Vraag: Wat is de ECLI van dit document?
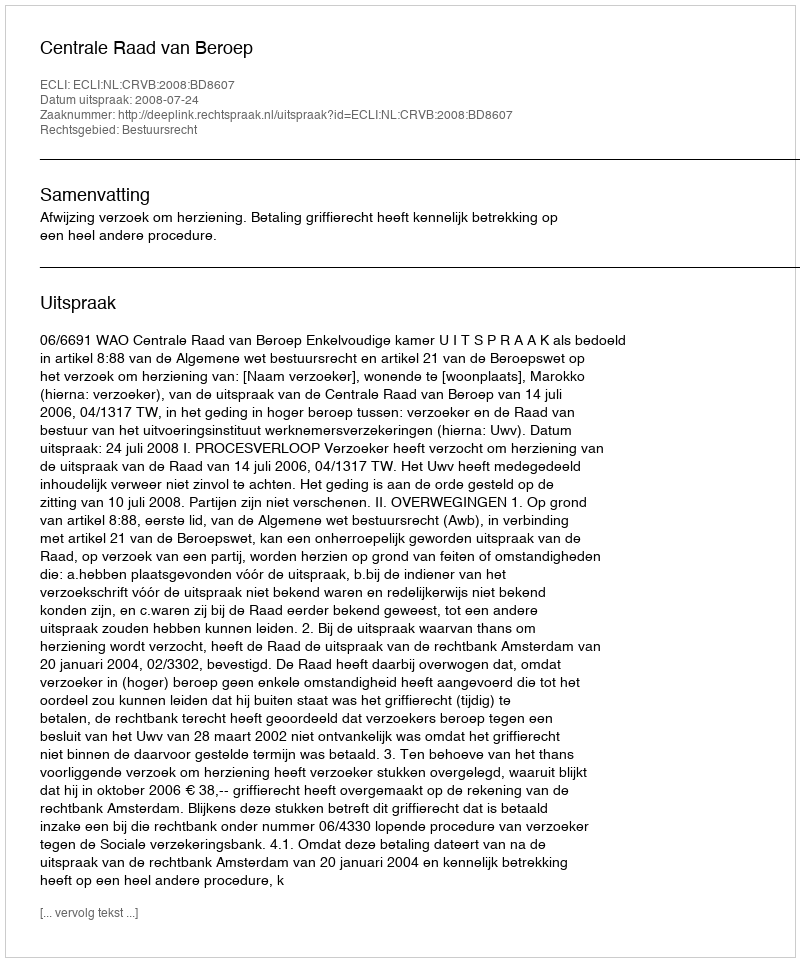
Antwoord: ECLI:NL:CRVB:2008:BD8607